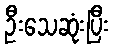
ဦးသေဆုံးပြီး